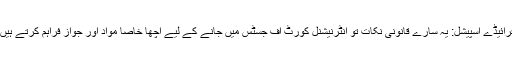
فرائیڈے اسپیشل: یہ سارے قانونی نکات تو انٹرنیشنل کورٹ آف جسٹس میں جانے کے لیے اچھا خاصا مواد اور جواز فراہم کرتے ہیں؟